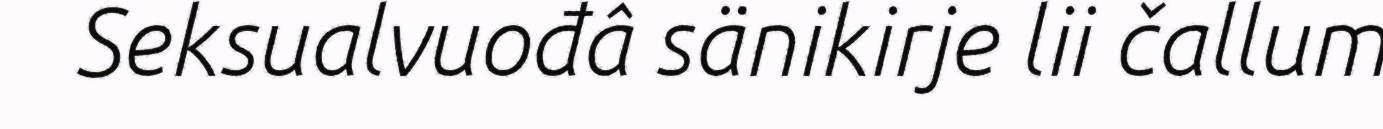
Seksualvuođâ sänikirje lii čallum